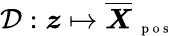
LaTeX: \mathcal D:\boldsymbol z\mapsto\overline{{\boldsymbol X}}_{\mathrm{~\scriptsize~p~o~s~}}